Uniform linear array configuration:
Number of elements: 24
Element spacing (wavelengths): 0.25
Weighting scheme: cosine
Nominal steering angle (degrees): -60
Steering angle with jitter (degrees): -58.378
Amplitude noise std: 0.05
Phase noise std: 0.05

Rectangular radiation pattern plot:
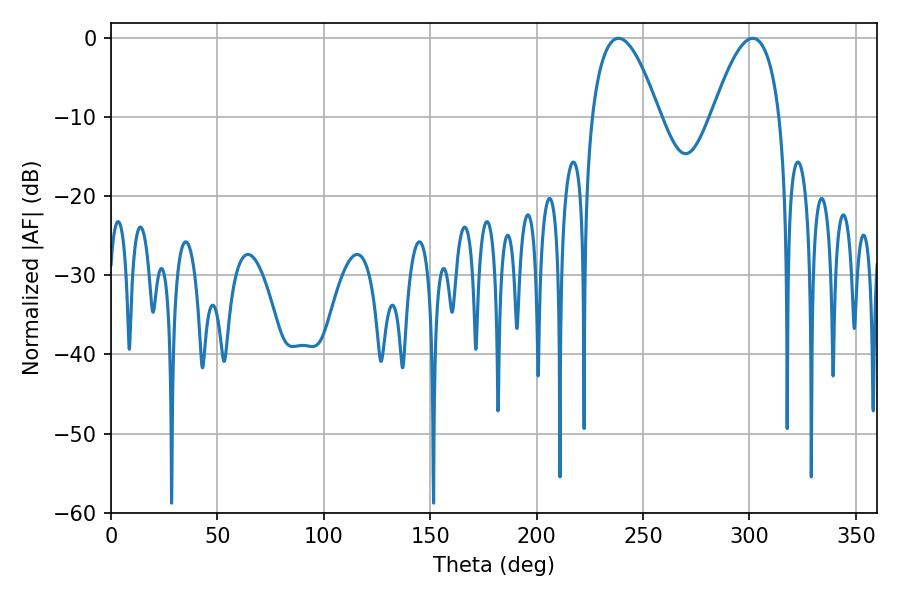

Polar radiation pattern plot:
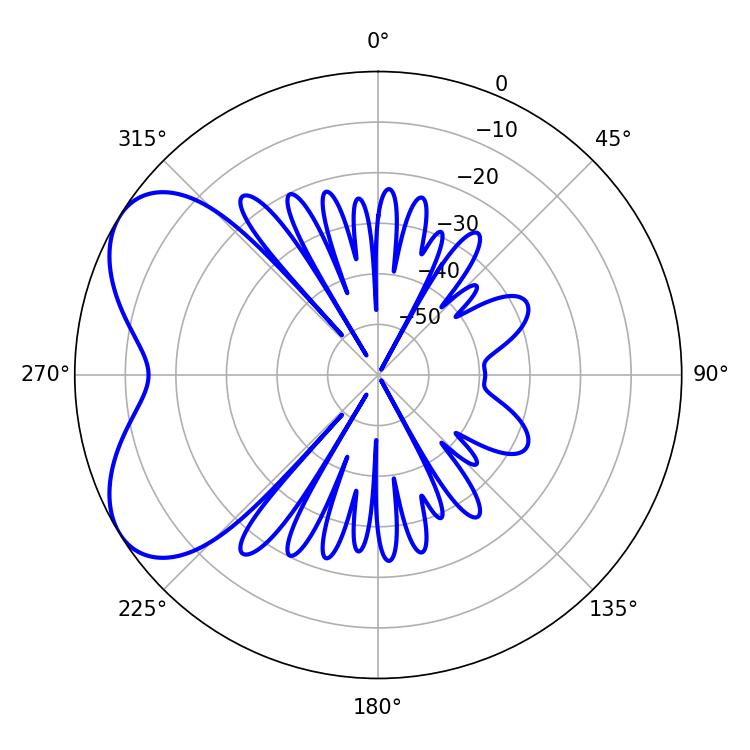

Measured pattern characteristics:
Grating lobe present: FALSE
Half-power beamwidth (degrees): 17.28
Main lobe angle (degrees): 238.5